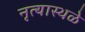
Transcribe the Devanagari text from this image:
नृत्यास्थळे